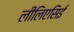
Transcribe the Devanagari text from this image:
लीलिएसिई